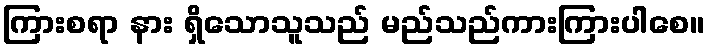
ကြားစရာ နား ရှိသောသူသည် မည်သည်ကားကြားပါစေ။